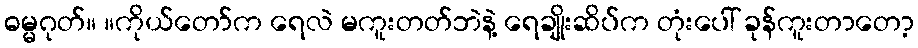
ဓမ္မဂုတ်။ ။ကိုယ်တော်က ရေလဲ မကူးတတ်ဘဲနဲ့ ရေချိုးဆိပ်က တုံးပေါ် ခုန်ကူးတာတော့